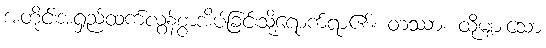
အတိုင်းအရှည်ထက်လွန်စွာအိပ်ခြင်းသို့ရောက်ရာ၏။ တဿာ၊ ထိုများသော